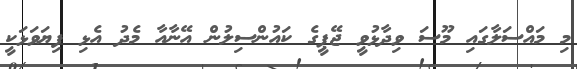
މި މައްސަލާގައި މޫސަ ވިދާޅުވީ ޖޭޕީގެ ކައުންސިލުން އޭނާއާ މެދު އެޅި ފިޔަވަޅަކީ